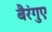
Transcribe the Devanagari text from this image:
बैरंगुए